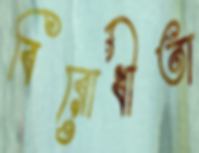
বিরোধীতা